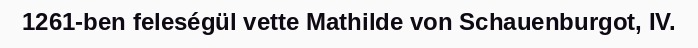
1261-ben feleségül vette Mathilde von Schauenburgot, IV.